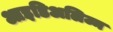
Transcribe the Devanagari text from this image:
आइडिअलिज्म